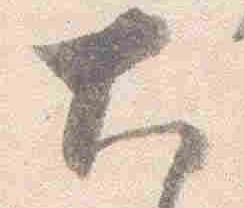
大